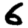
Digit: 6